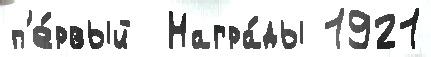
п'е́рвый  Награ́ды 1921